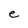
Character: e